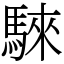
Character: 騋